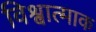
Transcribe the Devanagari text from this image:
विश्वात्माक